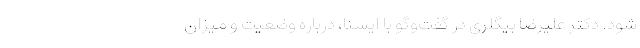
شود. دکتر علیرضا بیگلری در گفت‌وگو با ایسنا، درباره وضعیت و میزان